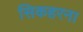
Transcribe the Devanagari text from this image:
सिकहरना